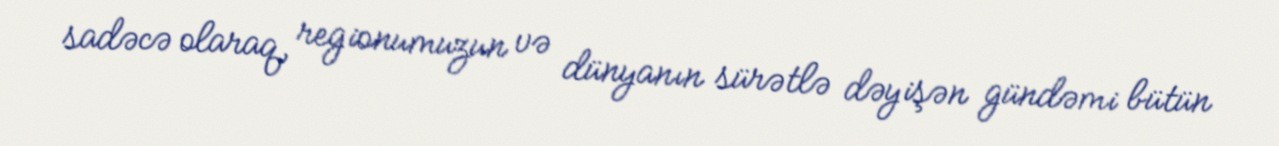
sadəcə olaraq, regionumuzun və dünyanın sürətlə dəyişən gündəmi bütün